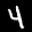
Label: 4